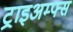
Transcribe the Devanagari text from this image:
ट्राइअम्फ्स